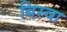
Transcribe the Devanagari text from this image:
बिस्‍वा